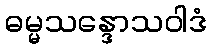
ဓမ္မသန္ဒောသဝါဒံ